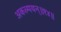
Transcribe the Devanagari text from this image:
अकल्पयन्॥१४॥